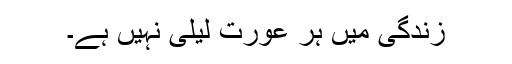
زندگی میں ہر عورت لیلی نہیں ہے۔